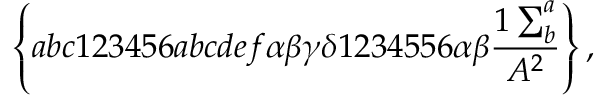
\left\{ a b c 1 2 3 4 5 6 a b c d e f \alpha \beta \gamma \delta 1 2 3 4 5 5 6 \alpha \beta \frac { 1 \sum _ { b } ^ { a } } { A ^ { 2 } } \right\} ,